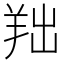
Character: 𦍦